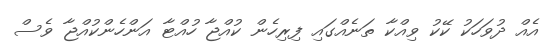
އެއް ދުވަހަކު ކޭކު ވިއްކާ ތަނެއްގައި ފިރިހެން ކުއްޖާ ހުއްޓާ އަންހެންކުއްޖާ ވެސް